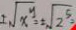
I \sqrt { x ^ { y } } = \sqrt { 2 ^ { 5 } }